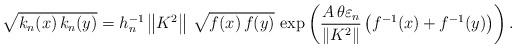
LaTeX: \begin{align*}\sqrt{k_{n}(x)\,k_{n}(y)}=h_{n}^{-1}\left\| K^{2}\right\| \,\sqrt{f(x)\,f(y)}\,\exp \left( \frac{A\,\theta \varepsilon _{n}}{\left\| K^{2}\right\| }\left( f^{-1}(x)+f^{-1}(y)\right) \right) . \end{align*}